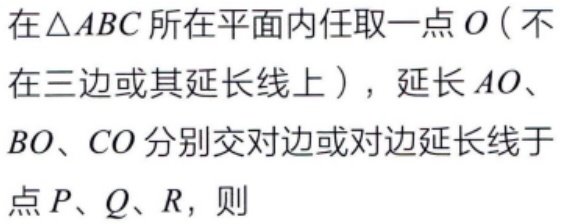
在\(\triangle ABC\)所在平面内任取一点\(O\)（不在三边或其延长线上），延长\(AO\)、\(BO\)、\(CO\)分别交对边或对边延长线于点\(P\)、\(Q\)、\(R\)，则